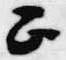
正